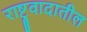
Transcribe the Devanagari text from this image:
राष्ट्रवादातील